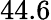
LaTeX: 44.6